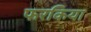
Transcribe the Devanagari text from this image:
फरकिया